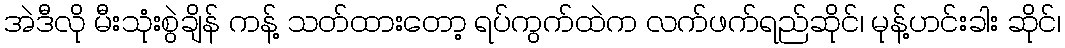
အဲဒီလို မီးသုံးစွဲချိန် ကန့် သတ်ထားတော့ ရပ်ကွက်ထဲက လက်ဖက်ရည်ဆိုင်၊ မုန့်ဟင်းခါး ဆိုင်၊